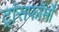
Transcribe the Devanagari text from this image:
ट्रांसफॉर्मों